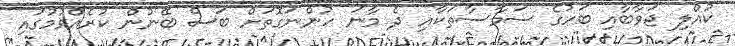
ކުއްލި ޖަވާބާއި ބަހުގެ ސަމާސާތަކާއި ދެ މާނަ ހުންނަގޮތަށް ބަސް ބޭނުން ކުރެއްވުމުގައި